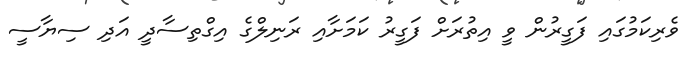
ވެރިކަމުގައި ފަގީރުން ވީ އިތުރަށް ފަގީރު ކަމަށާއި ރަނިލްގެ އިގްތިސާދީ އަދި ސިޔާސީ